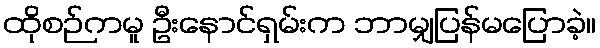
ထိုစဉ်ကမူ ဦးနောင်ရှမ်းက ဘာမျှပြန်မပြောခဲ့။